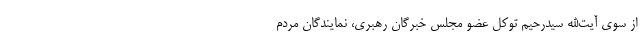
از سوی آیت‌الله سیدرحیم توکل عضو مجلس خبرگان رهبری، نمایندگان مردم